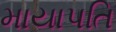
માયાપતિ